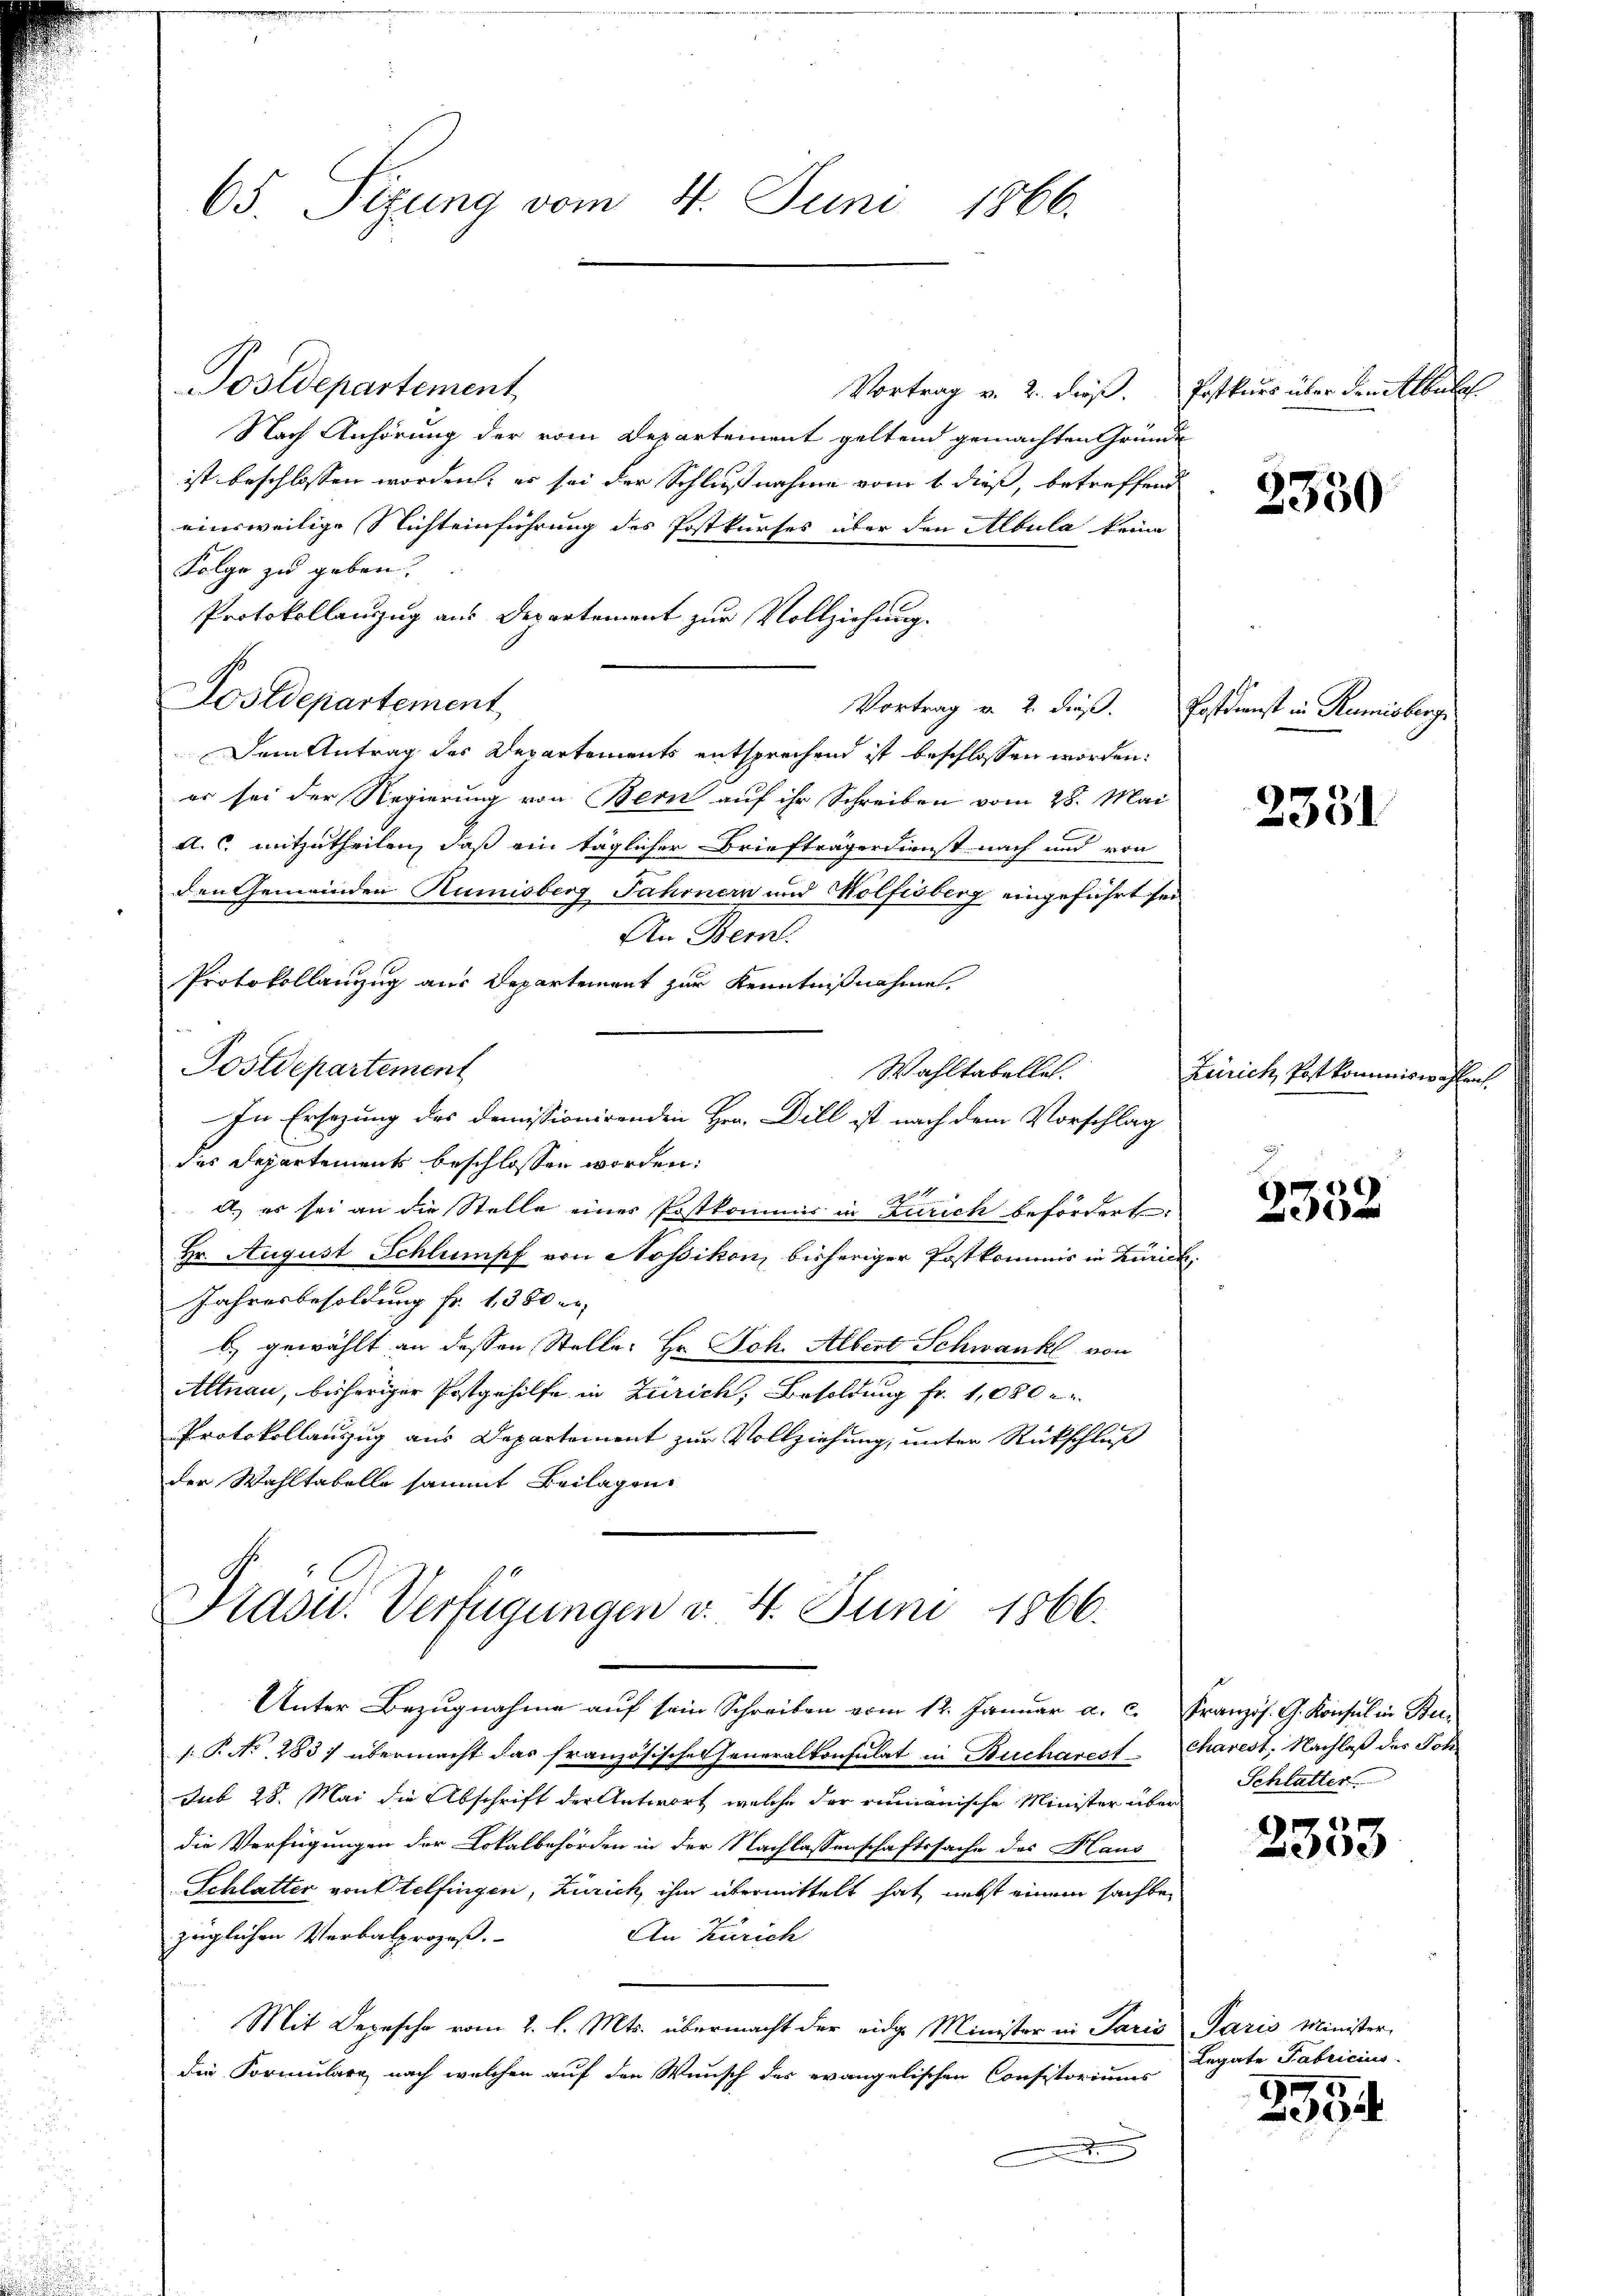
Postdepartement
Nach Anhörung der vom Departement geltend gemachten Gründe
ist beschlossen worden, er sei der Schlußnahme vom 6 dieß, betreffend
einsweilige Nichteinführung des Postkurses über den Albula keine
Folge zu geben.
Protokollenzug aus Departement zur Vollziehung.
Lostdepartement
Dem Antrag des Departements entsprechend ist beschlossen worden.
er sei der Regierung von Bern auf ihr Schreiben vom 28. Mai
A. c. mitzutheilen, daß ein täglicher Briefträgerdienst nach und von
den Gemeinden Rumisberg Jahrnern und Kölfisberg eingeführt sei
An Bern.
Protokollanzug aus Departement zur Kenntnißnahme
Postdepartement
Wahltabelle.
In Ersezung des demissionirenden Hrn. Dill ist nach dem Vorschlag
des Departements beschlossen worden:
a, es sei an die Stelle einer Postkommis in Zürich befördert.
Hr. August Schlumpf von Nossikon, bisheriger Postkommis in Zürich,
Jahresbesoldung fr. 1380 er
b gewählt an dessen Stelle: Hr. Joh. Albert Schwank von
Altnau, bisheriger Postgehilfe in Zürich, Besoldung fr. 1,080
Protokollauszug aus Departement zur Vollziehung, unter Rückschluß
der Wahltabelle sammt Beilagen

65. Sigung vom 4. Juni 1866.

Vortrag v. 2. dieß. Postdienst in Rumisberg

Präsid.. Verfügungen v. 4. Juni 1866.

Unter Bezugnahme auf sein Schreiben vom 12. Januar a. c. Französ. G. Konsul in Bu¬
1.P. Nr. 283) übermacht das französisches Generalkonsulat in Bucharest charest. Nachlaß des Joh
Sub 28. Mai die Abschrift der Antwort, welche der rumänische Minister über
die Verfügungen der Lokalbehörden in der Nachlassenschaftssache des Haus
Schlatter von Otelfingen, Zürich, ihm übermittelt hat, nebst einem sachte
An Zürich
züglichen Verbalprozeß.
Mit Depesche vom 2. l. Mts. übermacht der eidg. Minister in Paris Paris Minister
die Formulare, nach welchen auf den Wunsch der evangelischen Consistoriums

Vortrag v. 2. dieß. Postkurs über den Albulch

2550

2331

Zürich, Postkommiswahlen.

r
2352

Schlatter

2333

Legate Fabricius.

0